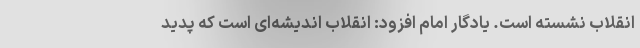
انقلاب نشسته است. یادگار امام افزود: انقلاب اندیشه‌ای است که پدید